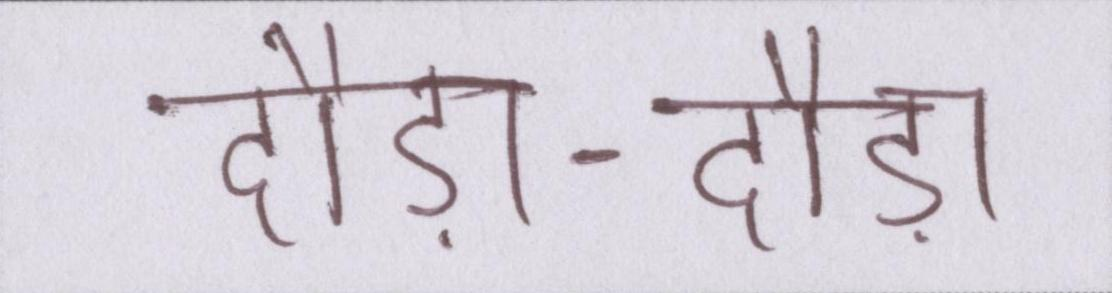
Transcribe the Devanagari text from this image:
दौड़ा-दौड़ा